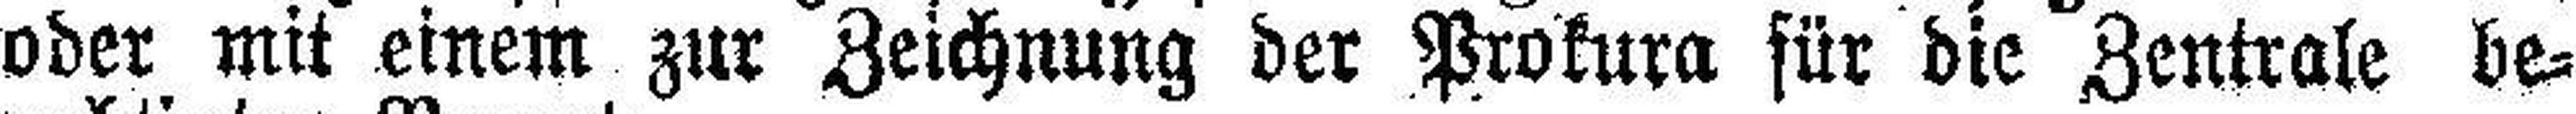
oder mit einem zur Zeichnung der Prokura für die Zentrale be¬